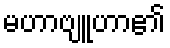
မဟာဗျူဟာ၏